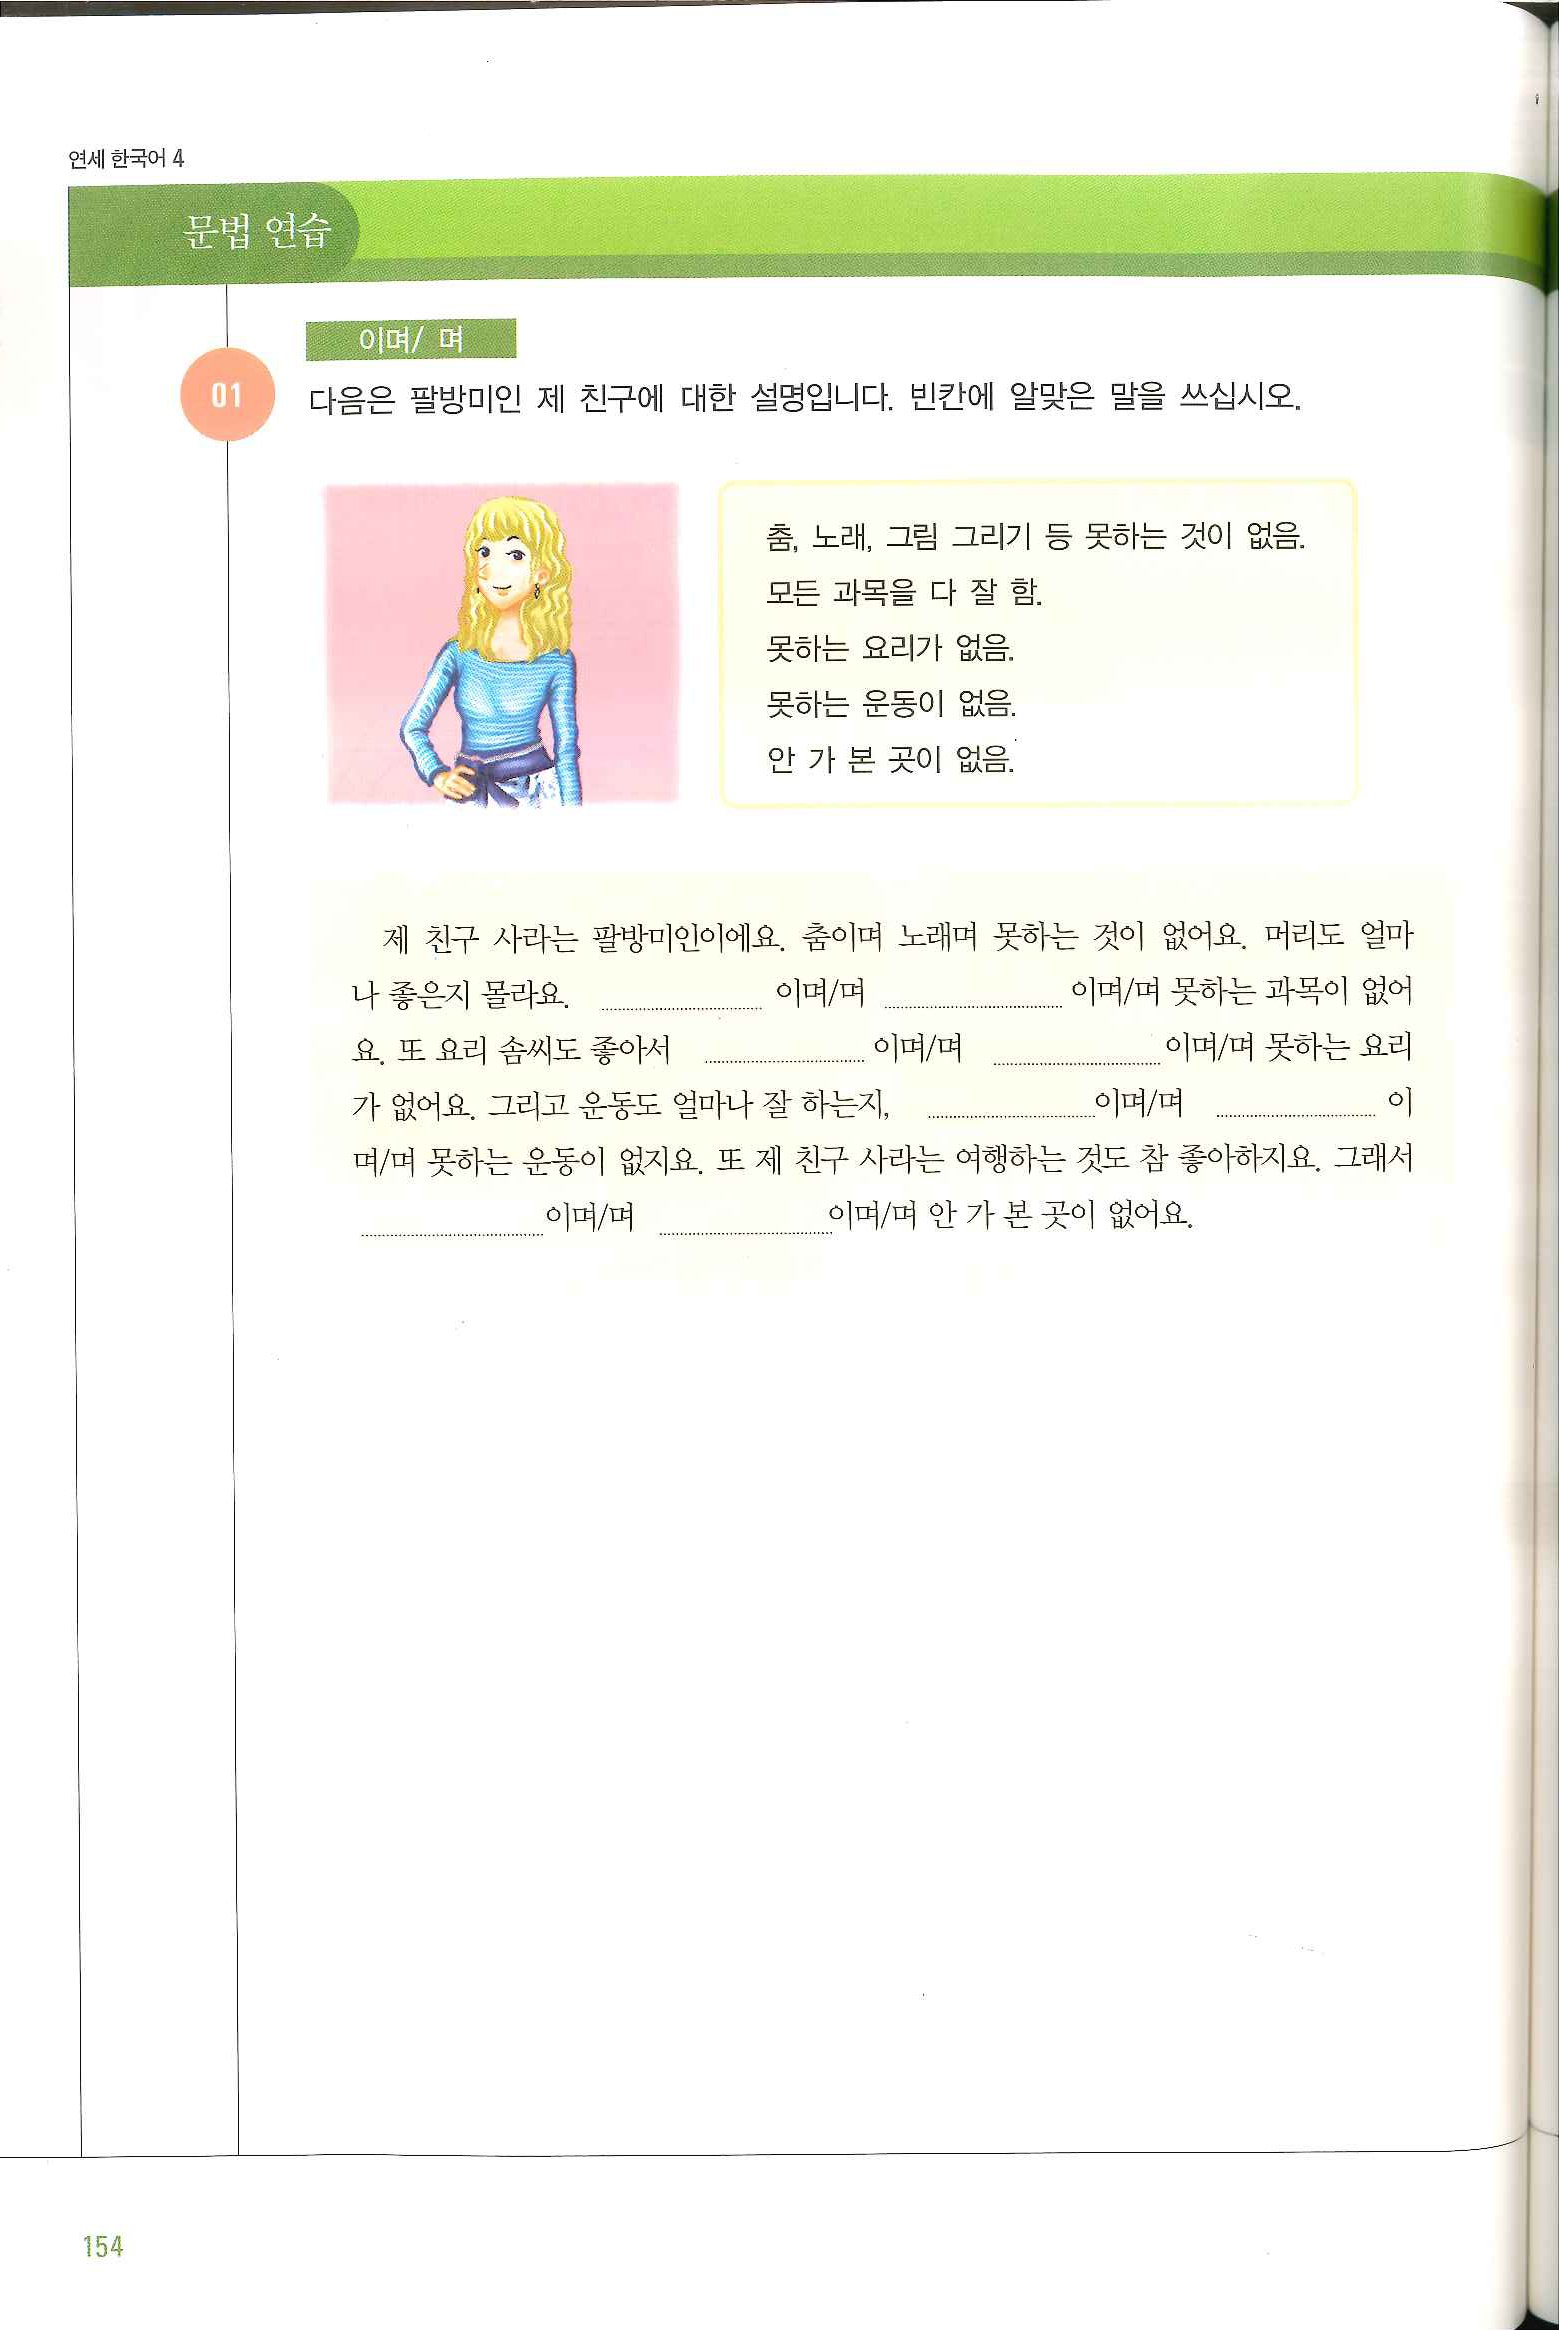
Language: ko